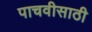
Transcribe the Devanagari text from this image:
पाचवीसाठी